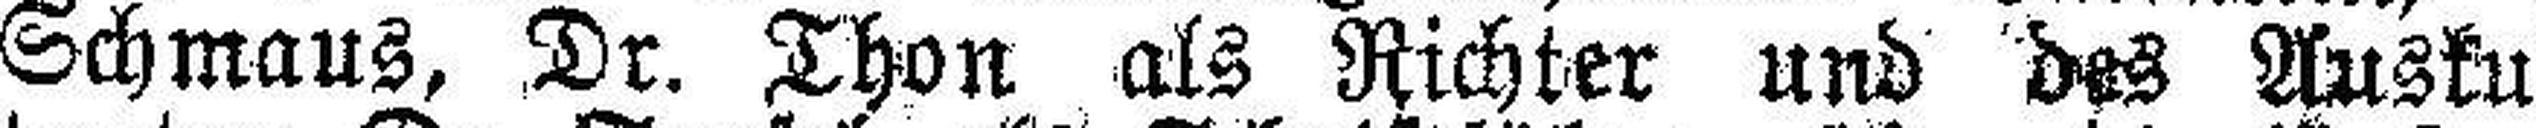
Schmaus, Dr. Thon als Richter und des Auskul¬